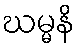
ဃမ္မနိ